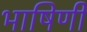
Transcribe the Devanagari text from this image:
भाषिणी